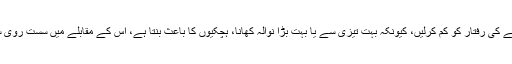
اگر آپ بہت تیزی سے کھانے کے عادی ہیں تو اپنے کھانے کی رفتار کو کم کرلیں، کیونکہ بہت تیزی سے یا بہت بڑا نوالہ کھانا، ہچکیوں کا باعث بنتا ہے، اس کے مقابلے میں سست روی سے کھانا اس عارضی تکلیف سے بچانے میں مدد دیتا ہے۔